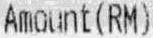
AMOUNT(RM)